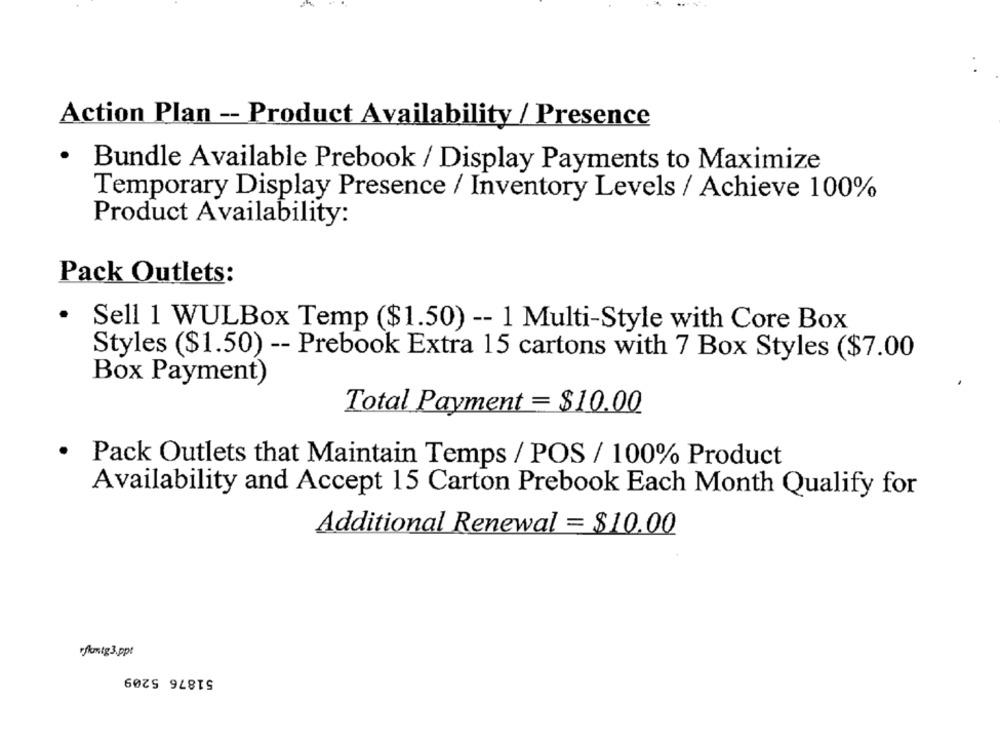
Action Plan -- Product Availability / Presence
.
Bundle Available Prebook / Display Payments to Maximize
Temporary Display Presence / Inventory Levels / Achieve 100%
Product Availability:
Pack Outlets:
Sell 1 WULBox Temp ($1.50) -- 1 Multi-Style with Core Box
Styles ($1.50) -- Prebook Extra 15 cartons with 7 Box Styles ($7.00
Box Payment)
Total Payment = $10.00
. Pack Outlets that Maintain Temps / POS / 100% Product
Availability and Accept 15 Carton Prebook Each Month Qualify for
Additional Renewal = $10.00
rflamig3.ppt
51876 5209